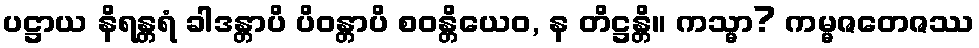
ပဋ္ဌာယ နိရန္တရံ ခါဒန္တာပိ ပိဝန္တာပိ စဝန္တိယေဝ, န တိဋ္ဌန္တိ။ ကသ္မာ? ကမ္မဇတေဇဿ